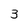
Character: 3